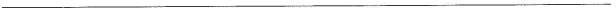
___